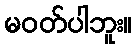
မဝတ်ပါဘူး။